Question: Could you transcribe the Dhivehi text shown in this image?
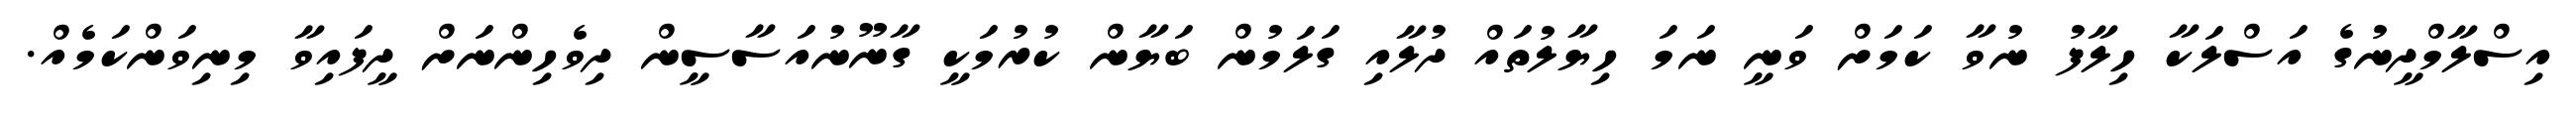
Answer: އިސްލާމްދީނުގެ އަސްލަކާ ހިލާފު ނުވާ ކަމަށް ވަނީ ނަމަ ހިޔާލުތައް ދުލާއި ގަލަމުން ބަޔާން ކުރުމަކީ ގާނޫނުއަސާސީން ދިވެހިންނަށް ދީފައިވާ މިނިވަންކަމެއް.